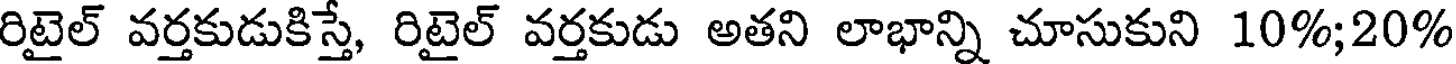
రిటైల్ వర్తకుడుకిస్తే, రిటైల్ వర్తకుడు అతని లాభాన్ని చూసుకుని 10%;20%